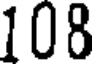
108